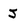
Character: J